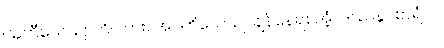
ဩဟီယေယျာတိ၊ ကား။ အဝတိယေယျ၊ ချန်နေရစ်အံ့။ ဒဿနူပစာရံ ဝါ၊